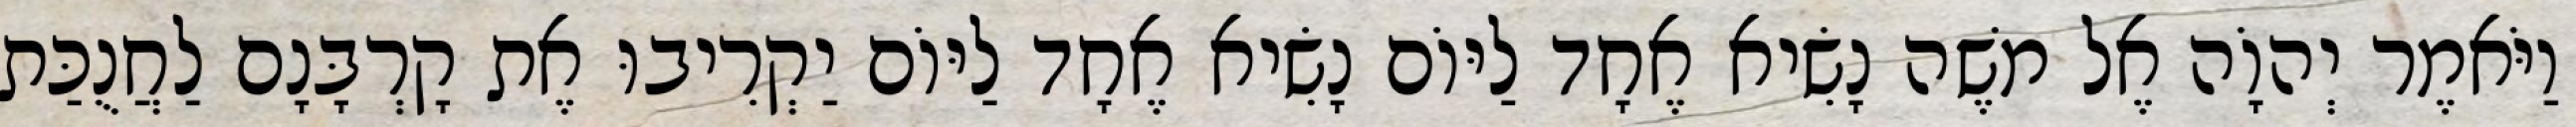
וַיֹּאמֶר יְהוָֹה אֶל משֶׁה נָשִׂיא אֶחָד לַיּוֹם נָשִׂיא אֶחָד לַיּוֹם יַקְרִיבוּ אֶת קָרְבָּנָם לַחֲנֻכַּת